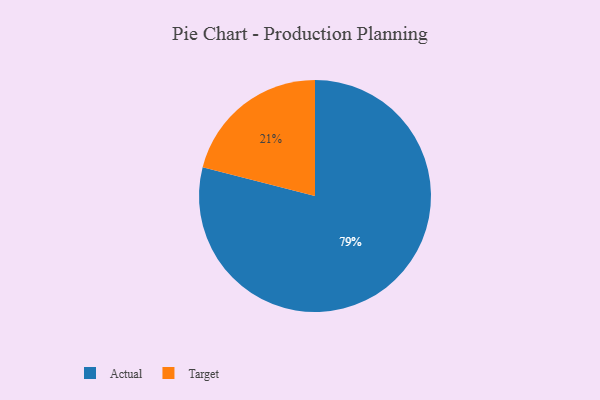
{"axis": {"x": "Category", "y": "Percentage"}, "legend": ["Actual", "Target"], "data": [{"x": "Target", "y": 21, "type": "Target"}, {"x": "Actual", "y": 79, "type": "Actual"}]}